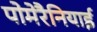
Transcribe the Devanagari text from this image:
पोमेरैनियाई